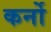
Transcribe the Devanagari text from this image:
कर्नो